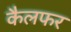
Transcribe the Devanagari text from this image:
कैलफर